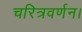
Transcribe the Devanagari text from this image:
चरित्रवर्णन।